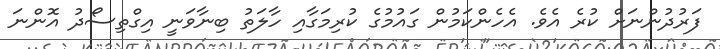
ފަރުދުންނަށް ކުރެ އެވެ. އެހެންކަމުން ގައުމުގެ ކުރިމަގާއި ހާލަތު ބިނާވަނީ އިގްތިސޯދު އޮންނަ